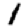
Digit: 1